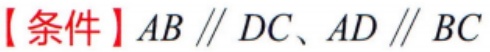
【条件】$AB \parallel DC、AD \parallel BC$